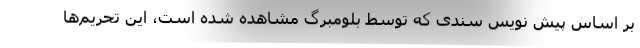
بر اساس پیش نویس سندی که توسط بلومبرگ مشاهده شده است، این تحریم‌ها